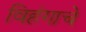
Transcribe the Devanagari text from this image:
विहंगाचे